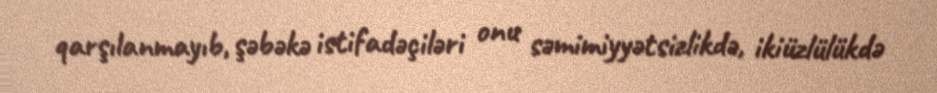
qarşılanmayıb, şəbəkə istifadəçiləri onu səmimiyyətsizlikdə, ikiüzlülükdə